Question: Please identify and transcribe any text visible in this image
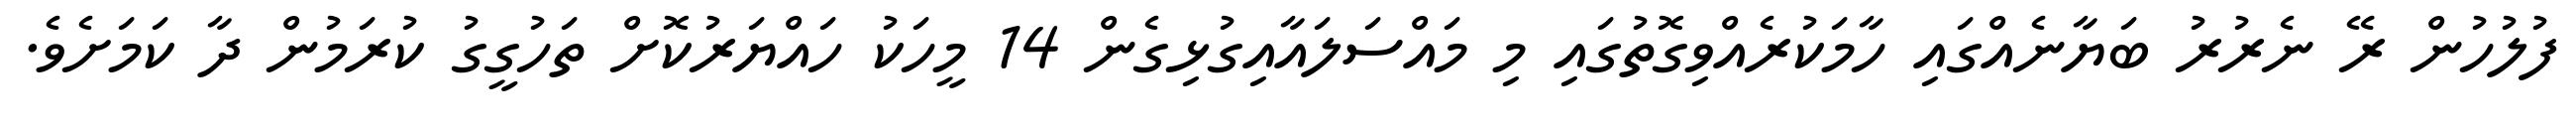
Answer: ފުލުހުން ރޭ ނެރުރު ބަޔާނެއްގައި ހާމަކުރެއްވިގޮތުގައި މި މައްސަލައާއިގުޅިގެން 14 މީހަކު ހައްޔަރުކޮށް ތަހުގީގު ކުރަމުން ދާ ކަމަށެވެ.